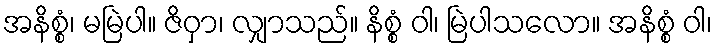
အနိစ္စံ၊ မမြဲပါ။ ဇိဝှာ၊ လျှာသည်။ နိစ္စံ ဝါ၊ မြဲပါသလော။ အနိစ္စံ ဝါ၊